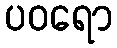
ပဝရော